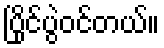
ပြိုင်ပွဲဝင်တယ်။